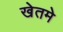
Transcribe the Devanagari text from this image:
खेतमे